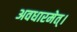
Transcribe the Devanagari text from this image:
अवधारमेत्।